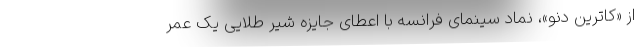
از «کاترین دِنو»، نماد سینمای فرانسه با اعطای جایزه شیر طلایی یک عمر